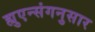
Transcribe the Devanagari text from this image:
ह्युएन्संगनुसार